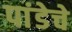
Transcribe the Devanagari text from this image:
पांडेचे